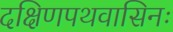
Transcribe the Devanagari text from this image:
दक्षिणपथवासिनः